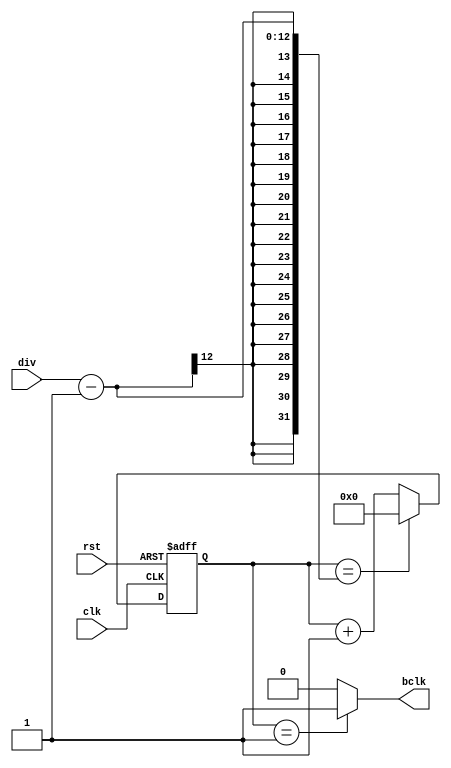
module BAUD_RATE_GENERATOR(
    input  wire        clk,
    input  wire        rst,
    input  wire [11:0] div,
    output reg         bclk
);
    reg [11:0] counter;
    
    always@(posedge clk or negedge rst)
    begin
        if(!rst)
        counter<=0;
        else
        begin
            /*
            assuming div = 3
            clk pos edges(pulses)  : 1   2    3    4    5    6    7     8    9   10    11     12
            reset counter at div   : 1   2    3   (0)    1    2    3    (0)    1    2    3    (0)
            reset counter at div-1 : 1   2   (0)   1     2   (0)    1    2    (0)   1    2    (0)
            */
            /*
            assuming div = 12
            clk pos edges(pulses)  : 1   2    3    4    5    6    7     8    9   10    11     12     13
            reset counter at div   : 1   2    3    4    5    6    7     8    9   10    11     12     (0) 
            reset counter at div-1 : 1   2    3    4    5    6    7     8    9   10    11     (0)
            */
           //(0) stands for the high baud generator output
           //in previous case it'ld be better to set the output high at early stage 
            if(counter == (div-1))
            begin
                counter<=0;
                
            end
            else
            begin
                counter <= counter+1;
            end
        end
    end
    always@(*)
    begin
        if(counter==1)
         bclk = 1;
         else
         bclk = 0;
    end
endmodule